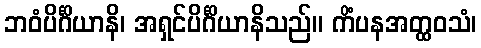
ဘဝံပိင်္ဂိယာနိ၊ အရှင်ပိင်္ဂိယာနိသည်။ ကိံပနအတ္ထဝသံ၊